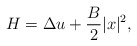
\begin{align*}H=\Delta u+\frac{B}{2}|x|^2,\end{align*}